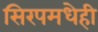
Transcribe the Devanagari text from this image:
सिरपमधेही